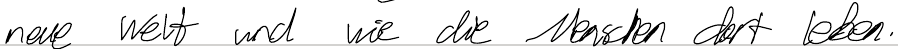
neue Welt und wie die Menschen dort leben.